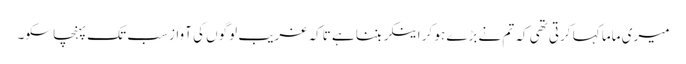
میری ماما کہا کرتی تھی کہ تم نے بڑے ہو کر اینکر بننا ہے تاکہ غریب لوگوں کی آواز سب تک پہنچا سکو۔